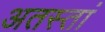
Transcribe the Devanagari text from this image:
अतस्तां